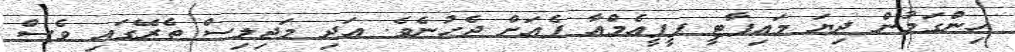
ހިންގަމުން ދިޔަ މައިޕާޓީ ޕީޕީއެމްއާ ފެއަށް ޖެހުނެވެ. އަދި މަޖިލިސް ތެރޭގައި ވެސް